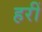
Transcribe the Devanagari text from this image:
हरीं